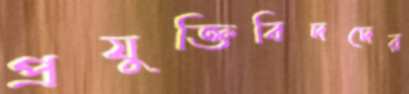
প্রযুক্তিবিদদের